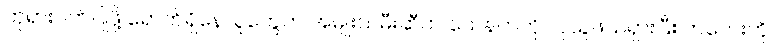
ဘုရားဝတ်ပြုဖို့ ရောက်ရှိနေသူတွေက အမျိုးသမီးဆီက သေနတ်ကို လုယူဖယ်ရှားပြီး ကလေးကို